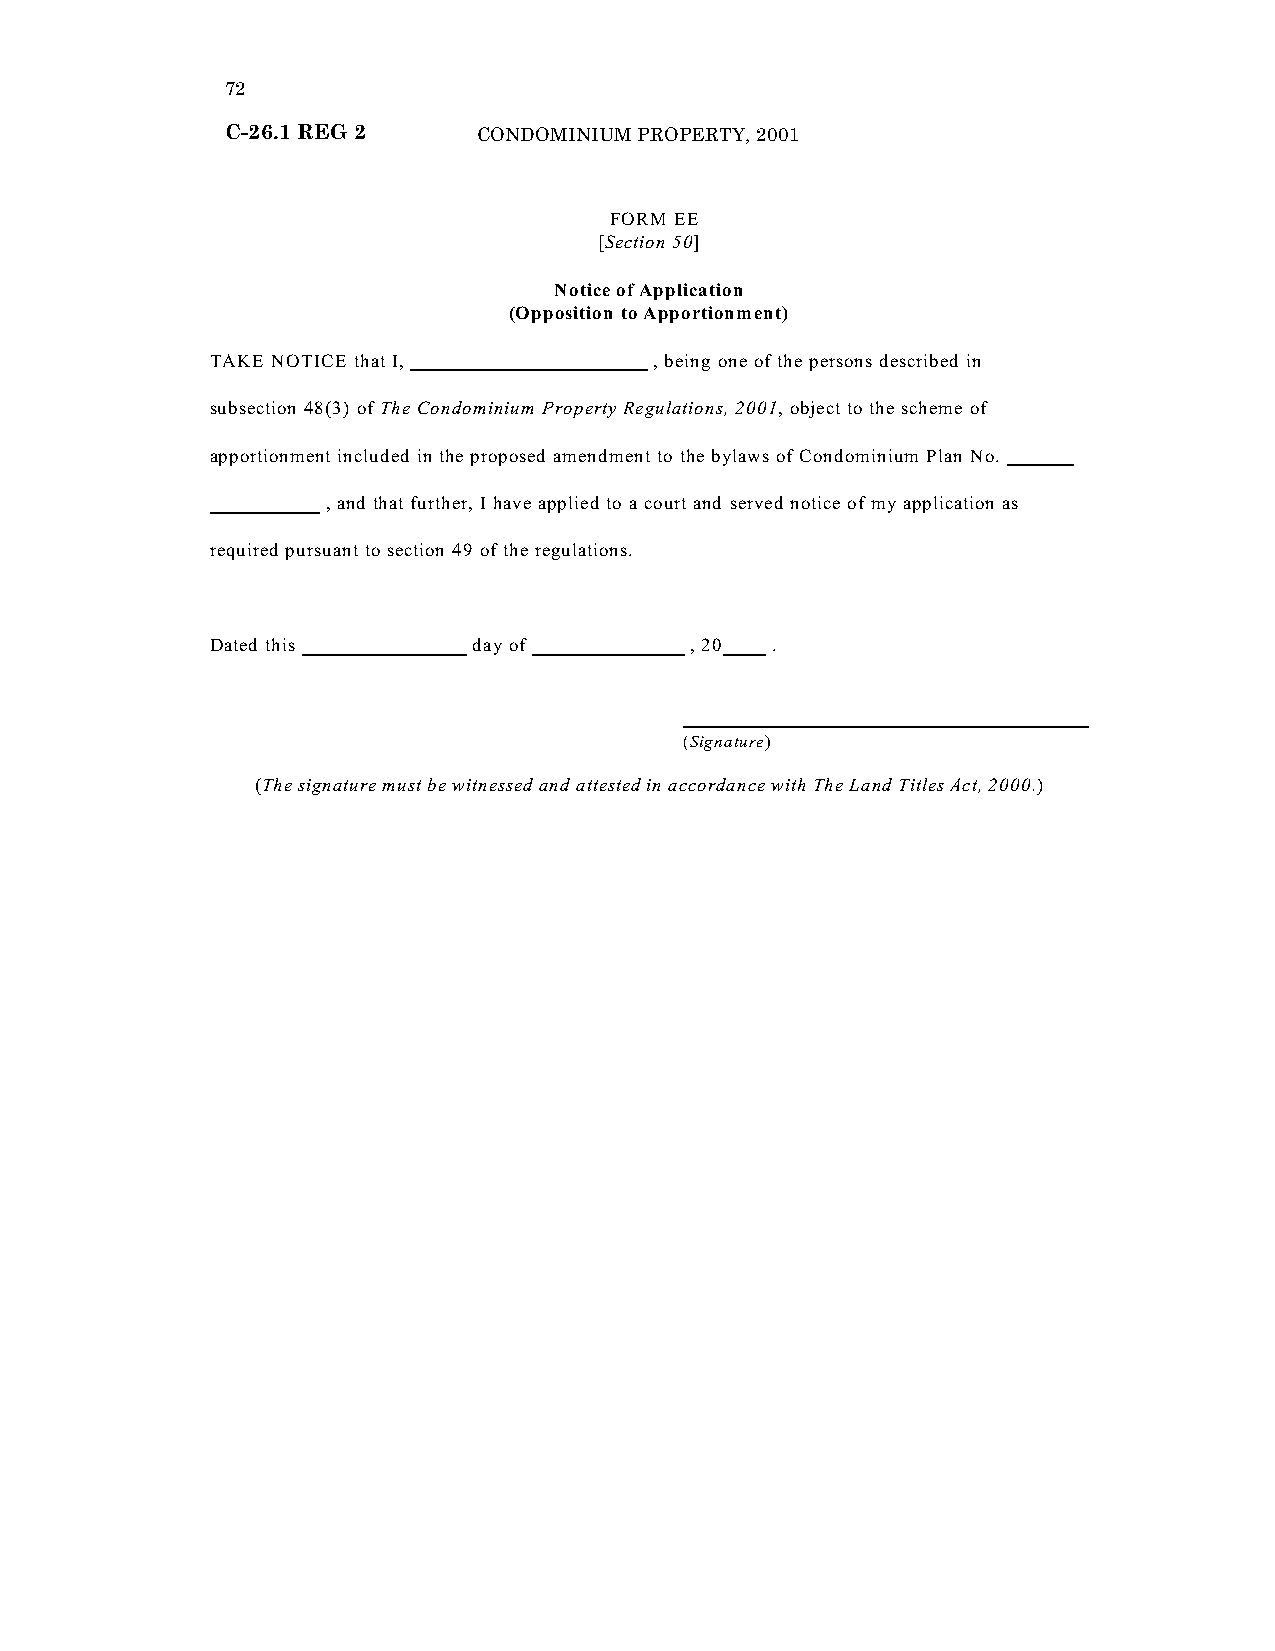
72
 C-26.1 REG 2     CONDOMINIUM PROPERTY, 2001
 “FORM EE
 [Section 50]
 Notice of Application
 (Opposition to Apportionment)
 TAKE NOTICE that I,          , being one of the persons described in
 subsection 48(3) of The Condominium Property Regulations, 2001, object to the scheme of
 apportionment included in the proposed amendment to the bylaws of Condominium Plan No.
 , and that further, I have applied to a court and served notice of my application as
 required pursuant to section 49 of the regulations.
 Dated this       day of         , 20 .
 (Signature)
 (The signature must be witnessed and attested in accordance with The Land Titles Act, 2000.)